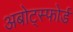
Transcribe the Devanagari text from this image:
अबोट्स्फोर्ड